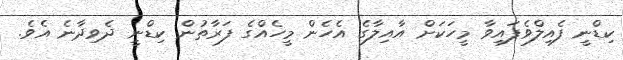
ކިޑްނީ ފެއިލްވެފައިވާ މީހަކަށް އާއިލާގެ އެހެން މީހެއްގެ ފަރާތުން ކިޑްނީ ދެވިދާނެ އެވެ.